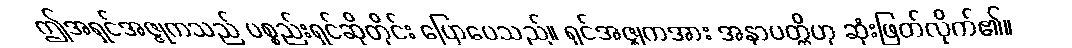
ဤအရှင်အဇ္ဇုကသည် ပစ္စည်းရှင်ဆိုတိုင်း ပြောပေသည်။ ရှင်အဇ္ဈကအား အနာပတ္တိဟု ဆုံးဖြတ်လိုက်၏။